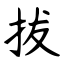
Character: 拔